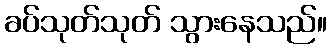
ခပ်သုတ်သုတ် သွားနေသည်။